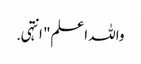
واللہ اعلم" انتہی .